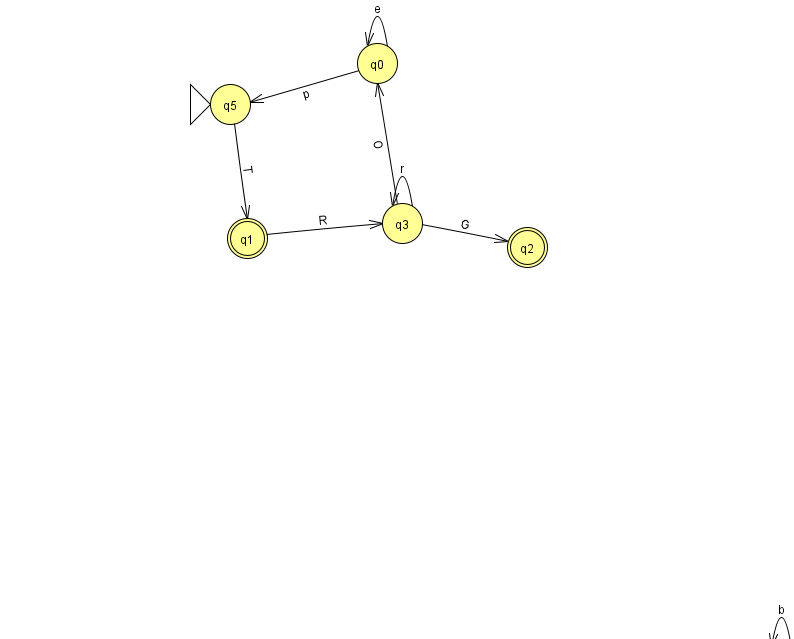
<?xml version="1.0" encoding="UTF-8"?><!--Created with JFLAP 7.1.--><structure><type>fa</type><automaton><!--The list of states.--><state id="0" name="q0"><x>377.0</x><y>50.0</y></state><state id="1" name="q1"><x>247.0</x><y>225.0</y><final/></state><state id="2" name="q2"><x>527.0</x><y>234.0</y><final/></state><state id="3" name="q3"><x>402.0</x><y>210.0</y></state><state id="4" name="q4"><x>781.0</x><y>651.0</y></state><state id="5" name="q5"><x>230.0</x><y>91.0</y><initial/></state><!--The list of transitions.--><transition><from>3</from><to>3</to><read>r</read></transition><transition><from>4</from><to>4</to><read>b</read></transition><transition><from>0</from><to>5</to><read>p</read></transition><transition><from>1</from><to>3</to><read>R</read></transition><transition><from>5</from><to>1</to><read>T</read></transition><transition><from>0</from><to>0</to><read>e</read></transition><transition><from>3</from><to>0</to><read>O</read></transition><transition><from>3</from><to>2</to><read>G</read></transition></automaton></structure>